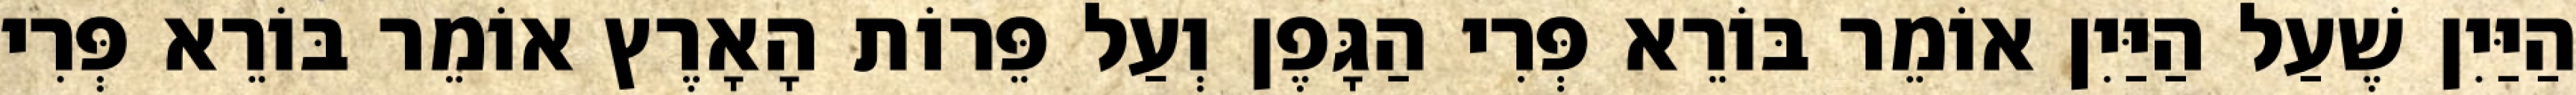
הַיַּיִן שֶׁעַל הַיַּיִן אוֹמֵר בּוֹרֵא פְּרִי הַגָּפֶן וְעַל פֵּרוֹת הָאָרֶץ אוֹמֵר בּוֹרֵא פְּרִי